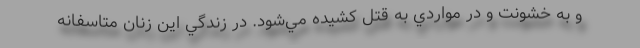
و به خشونت و در مواردي به قتل كشيده مي‌شود. در زندگي اين زنان متاسفانه